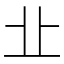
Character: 㐀